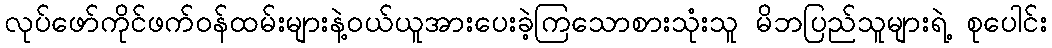
လုပ်ဖော်ကိုင်ဖက်ဝန်ထမ်းများနဲ့ဝယ်ယူအားပေးခဲ့ကြသောစားသုံးသူ မိဘပြည်သူများရဲ့ စုပေါင်း